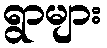
ရွာများ